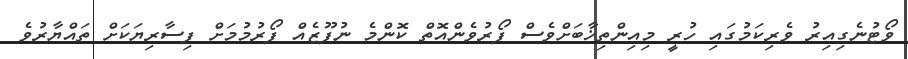
ވޯޓުނެގިއިރު ވެރިކަމުގައި ހުރީ މިއިންތިޚާބަށްވެސް ފޯރުވެންއޮތް ކޮންމެ ނުފޫޒެއް ފޯރުމުމަށް ފިސާރިޔަކަށް ތައްޔާރުވެ